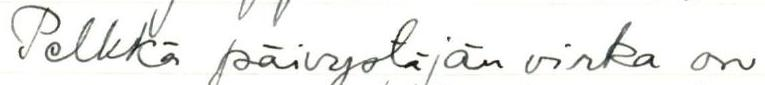
Pelkkä päivystäjän virka on